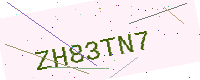
Text: ZH83TN7